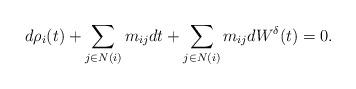
LaTeX: \begin{align*}d\rho_i(t)+\sum_{j\in N(i)}m_{ij}dt+\sum_{j\in N(i)}m_{ij}dW^{\delta}(t) =0.\end{align*}